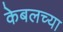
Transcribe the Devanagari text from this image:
केबलच्या